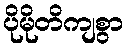
ပိုမိုတိကျစွာ